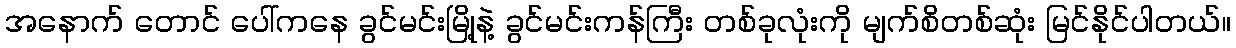
အနောက် တောင် ပေါ်ကနေ ခွင်မင်းမြို့နဲ့ ခွင်မင်းကန်ကြီး တစ်ခုလုံးကို မျက်စိတစ်ဆုံး မြင်နိုင်ပါတယ်။